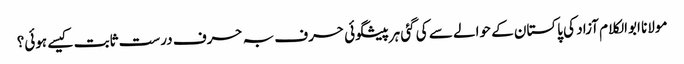
مولانا ابوالکلام آزاد کی پاکستان کے حوالے سے کی گئی ہرپیشگوئی حرف بہ حرف درست ثابت کیسے ہوئی؟